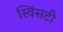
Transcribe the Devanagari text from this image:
स्विंसटी